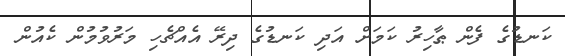
ކަނޑުގެ ފެން ޠާހިރު ކަމަށް އަދި ކަނޑުގެ ދިރޭ އެއްޗެހި މަރުވުމުން ކެއުން